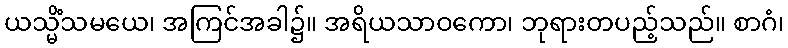
ယသ္မိံသမယေ၊ အကြင်အခါ၌။ အရိယသာဝကော၊ ဘုရားတပည့်သည်။ စာဂံ၊